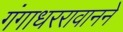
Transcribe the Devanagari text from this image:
गंगाधररावानने